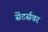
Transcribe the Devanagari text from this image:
सेंटर्सवर